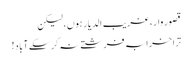
قصور وار، غریب الدیار ہوں، لیکن
ترا خرابہ فرشتے نہ کر سکے آباد!